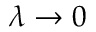
\lambda \rightarrow 0